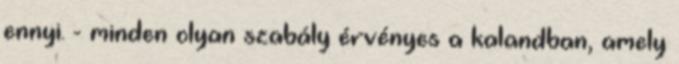
ennyi. - minden olyan szabály érvényes a kalandban, amely